Civil Veterinary Dept. Bombay admin report 1932-41 - 1932-1941
Year: 1932
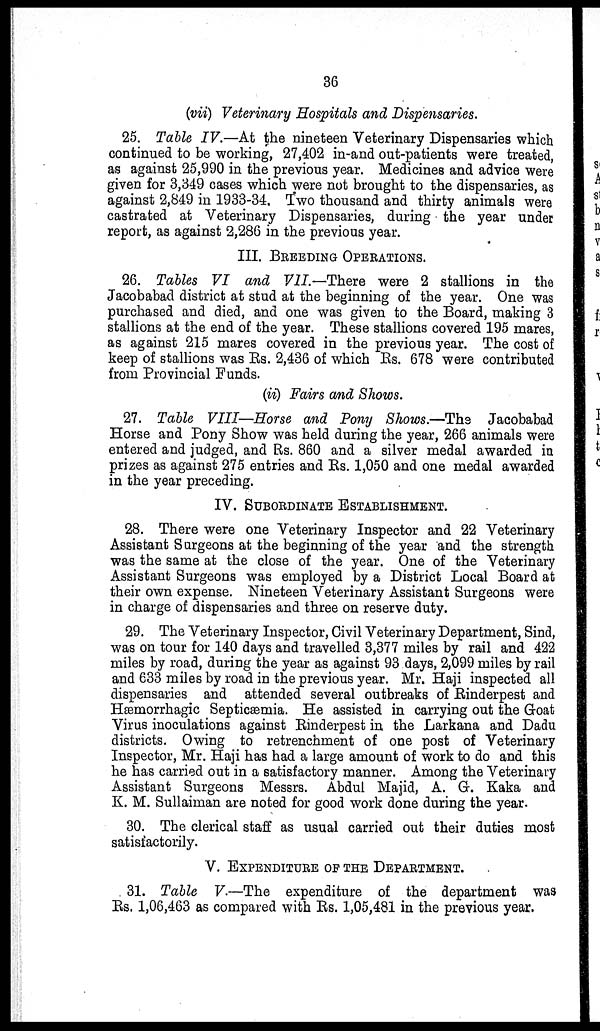
36
(vii) Veterinary Hospitals and Dispensaries.
25. Table IV.—At the nineteen Veterinary Dispensaries which
continued to be working, 27,402 in-and out-patients were treated,
as against 25,990 in the previous year. Medicines and advice were
given for 3,349 cases which were not brought to the dispensaries, as
against 2,849 in 1933-34. Two thousand and thirty animals were
castrated at Veterinary Dispensaries, during the year under
report, as against 2,286 in the previous year.
III. BREEDING OPERATIONS.
26. Tables VI and VII.—There were 2 stallions in the
Jacobabad district at stud at the beginning of the year. One was
purchased and died, and one was given to the Board, making 3
stallions at the end of the year. These stallions covered 195 mares,
as against 215 mares covered in the previous year. The cost of
keep of stallions was Rs. 2,436 of which Rs. 678 were contributed
from Provincial Funds.
(ii) Fairs and Shows.
27. Table VIII—Horse and Pony Shows.—The Jacobabad
Horse and Pony Show was held during the year, 266 animals were
entered and judged, and Rs. 860 and a silver medal awarded in
prizes as against 275 entries and Rs. 1,050 and one medal awarded
in the year preceding.
IV. SUBORDINATE ESTABLISHMENT.
28. There were one Veterinary Inspector and 22 Veterinary
Assistant Surgeons at the beginning of the year and the strength
was the same at the close of the year. One of the Veterinary
Assistant Surgeons was employed by a District Local Board at
their own expense. Nineteen Veterinary Assistant Surgeons were
in charge of dispensaries and three on reserve duty.
29. The Veterinary Inspector, Civil Veterinary Department, Sind,
was on tour for 140 days and travelled 3,377 miles by rail and 422
miles by road, during the year as against 93 days, 2,099 miles by rail
and 633 miles by road in the previous year. Mr. Haji inspected all
dispensaries and attended several outbreaks of Rinderpest and
Hæmorrhagic Septicæmia. He assisted in carrying out the Goat
Virus inoculations against Rinderpest in the Larkana and Dadu
districts. Owing to retrenchment of one post of Veterinary
Inspector, Mr. Haji has had a large amount of work to do and this
he has carried out in a satisfactory manner. Among the Veterinary
Assistant Surgeons Messrs. Abdul Majid, A. G. Kaka and
K. M. Sullaiman are noted for good work done during the year.
30. The clerical staff as usual carried out their duties most
satisfactorily.
V. EXPENDITURE OF THE DEPARTMENT.
31. Table V.—The expenditure of the department was
Rs. 1,06,463 as compared with Rs. 1,05,481 in the previous year.